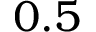
0 . 5